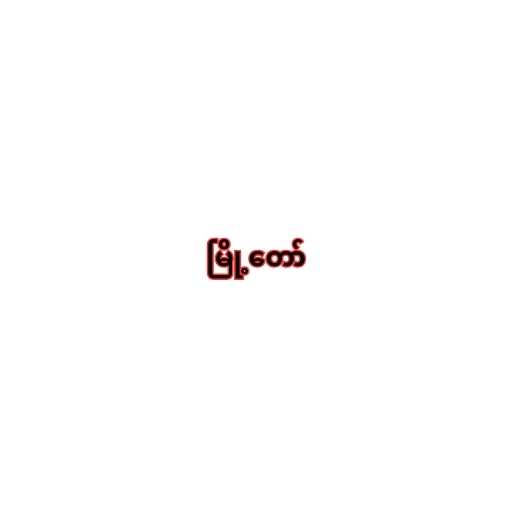
မြို့တော်